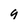
Character: g